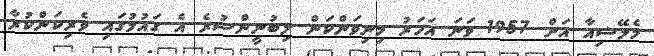
މެލޭޝިއާ އަށް 1957 ވަނަ އަހަރު މިނިވަންކަން ލިބުނީންސުރެ އެ ގައުމުގައި ވެރިކަންކުރާ